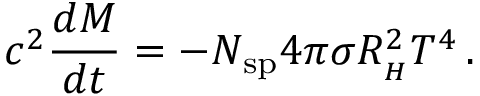
c ^ { 2 } \frac { d M } { d t } = - N _ { \mathrm { s p } } 4 \pi \sigma R _ { _ { H } } ^ { 2 } T ^ { 4 } \, .